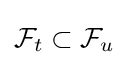
{\mathcal {F}}_{t}\subset {\mathcal {F}}_{u}